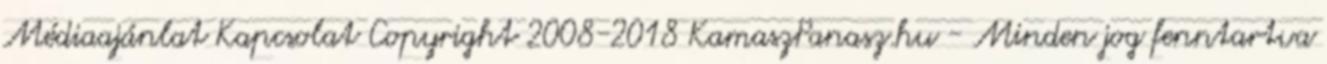
Médiaajánlat Kapcsolat Copyright 2008-2018 KamaszPanasz.hu - Minden jog fenntartva